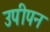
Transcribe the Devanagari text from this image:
उपीपन